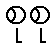
စုစု